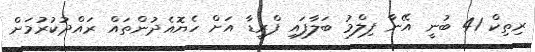
ރިތިކް 41 ބުނީ އޭނާ ފިލްމު ބަލާފައި ފްރީޑާ އަށް ހެޔޮއެދުންތައް ރައްދުކުރުމަށް